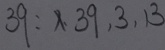
3 9 : x 、 3 9 , 3 , 1 3